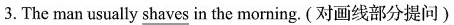
3.The man usually \underline{shaves} in the morning.(对画线部分提问)